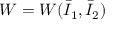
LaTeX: W = W ( { \bar { I } } _ { 1 } , { \bar { I } } _ { 2 } )